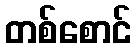
တစ်စောင်